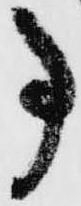
事